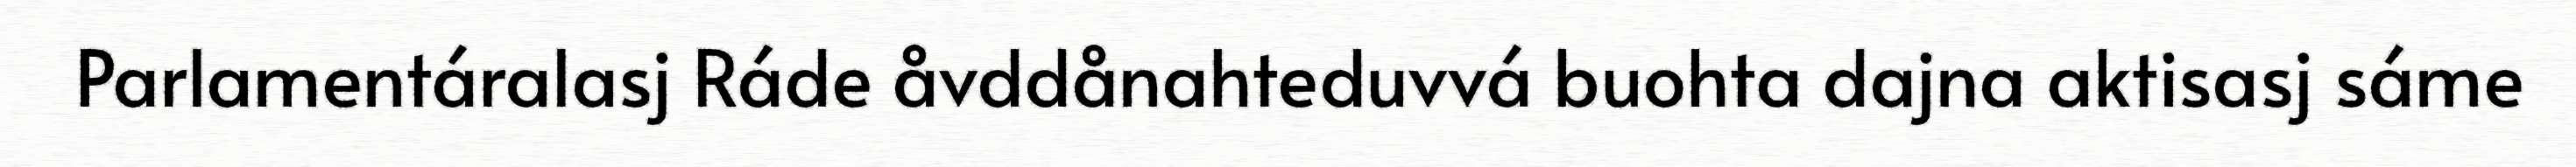
Parlamentáralasj Ráde åvddånahteduvvá buohta dajna aktisasj sáme